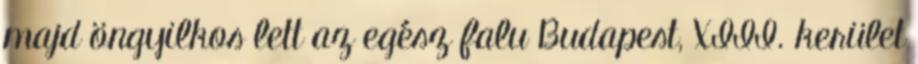
majd öngyilkos lett az egész falu Budapest, XIII. kerület